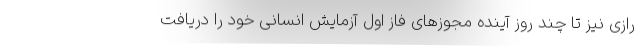
رازی نیز تا چند روز آینده مجوزهای فاز اول آزمایش انسانی خود را دریافت